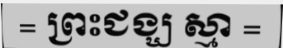
= ព្រះជង្ឃ ស្មា =